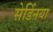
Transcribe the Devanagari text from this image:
सेर्डिनया